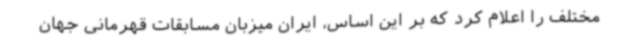
مختلف را اعلام‌ کرد که بر این اساس، ایران میزبان مسابقات قهرمانی جهان